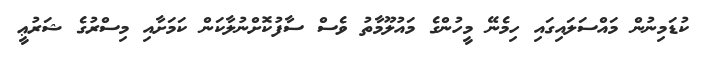
ކުޑަމިނުން މައްސަލައިގައި ހިމެނޭ މީހުންގެ މައުލޫމާތު ވެސް ސާފުކޮށްނުލާކަން ކަމަށާއި މިސްރުގެ ޝަރުޢީ